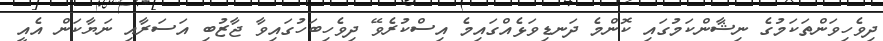
ދިވެހިވަންތަކަމުގެ ނިޝާންކަމުގައި ކޮންމެ ދަނޑިވަޅެއްގައިމެ އިސްކުރެވޭ ދިވެހިބަހުގައިވާ ޖާޒުބި އަސަރާއި ނަޔާކަން އެއީ